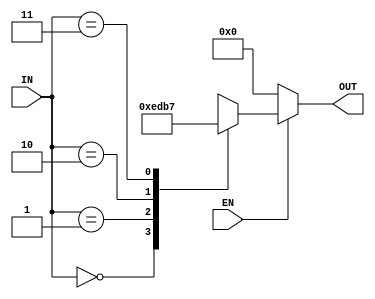
`timescale 1ns / 1ps
//////////////////////////////////////////////////////////////////////////////////
// Company: 
// Engineer: 
// 
// Design Name: 
// Module Name:    Deco_2_a_4 
// Project Name: 
// Target Devices: 
// Tool versions: 
// Description: 
//
// Dependencies: 
//
// Revision: 
// Revision 0.01 - File Created
// Additional Comments: 
//
//////////////////////////////////////////////////////////////////////////////////
module Deco_2_a_4(
   input wire [1:0]IN,
	input wire EN,
	output reg [3:0]OUT
   );
	
	always @ *
      if (!EN)
         OUT <= 4'h0;
      else
         case (IN)
            2'b00   : OUT <= 4'b1110;
            2'b01   : OUT <= 4'b1101;
            2'b10   : OUT <= 4'b1011;
            2'b11   : OUT <= 4'b0111;
            default : OUT <= 4'b1111;
         endcase
endmodule